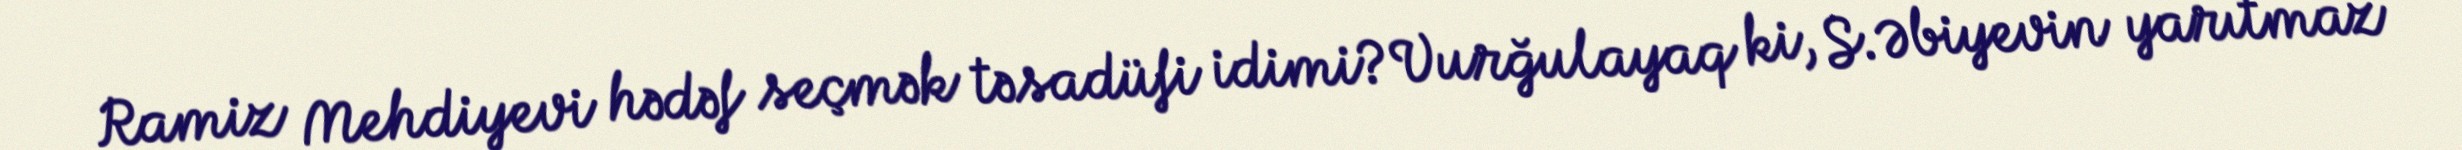
Ramiz Mehdiyevi hədəf seçmək təsadüfi idimi?Vurğulayaq ki, S.Əbiyevin yarıtmaz